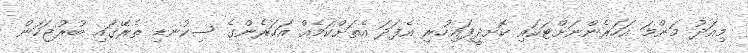
މިއަދު މަންމަ އަހަރެންނަށްޓަކައި ކޮށދީފައިހުރި އެފަދަ އެތަށްކަމެއް އަހަރެންގެ ސިކުނޑި ތެރޭގައި ބުރުޖަހަން